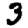
Digit: 3